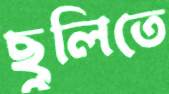
ছুলিতে